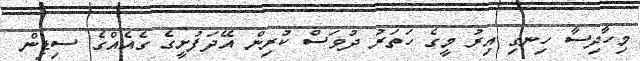
މިހާދިސާ ހިނގި އިރު މީގެ ހަތަރު ދުވަސް ކުރިން އޭދަފުށީގެ ގެއެއްގެ ސިޑިން